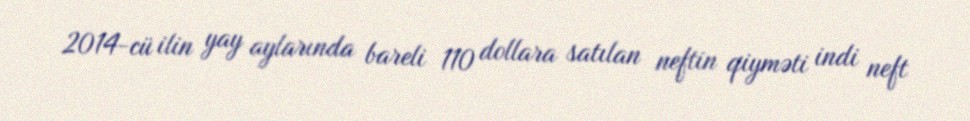
2014-cü ilin yay aylarında bareli 110 dollara satılan neftin qiyməti indi neft